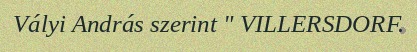
Vályi András szerint " VILLERSDORF.